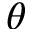
\theta